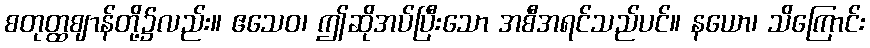
စတုတ္ထဈာန်တို့၌လည်း။ ဧသေဝ၊ ဤဆိုအပ်ပြီးသော အစီအရင်သည်ပင်။ နယော၊ သိကြောင်း